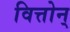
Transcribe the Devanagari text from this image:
वित्तोन्